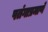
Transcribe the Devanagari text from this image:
पतंगाप्रमाणे